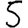
Digit: 5